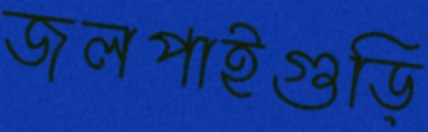
জলপাইগুড়ি